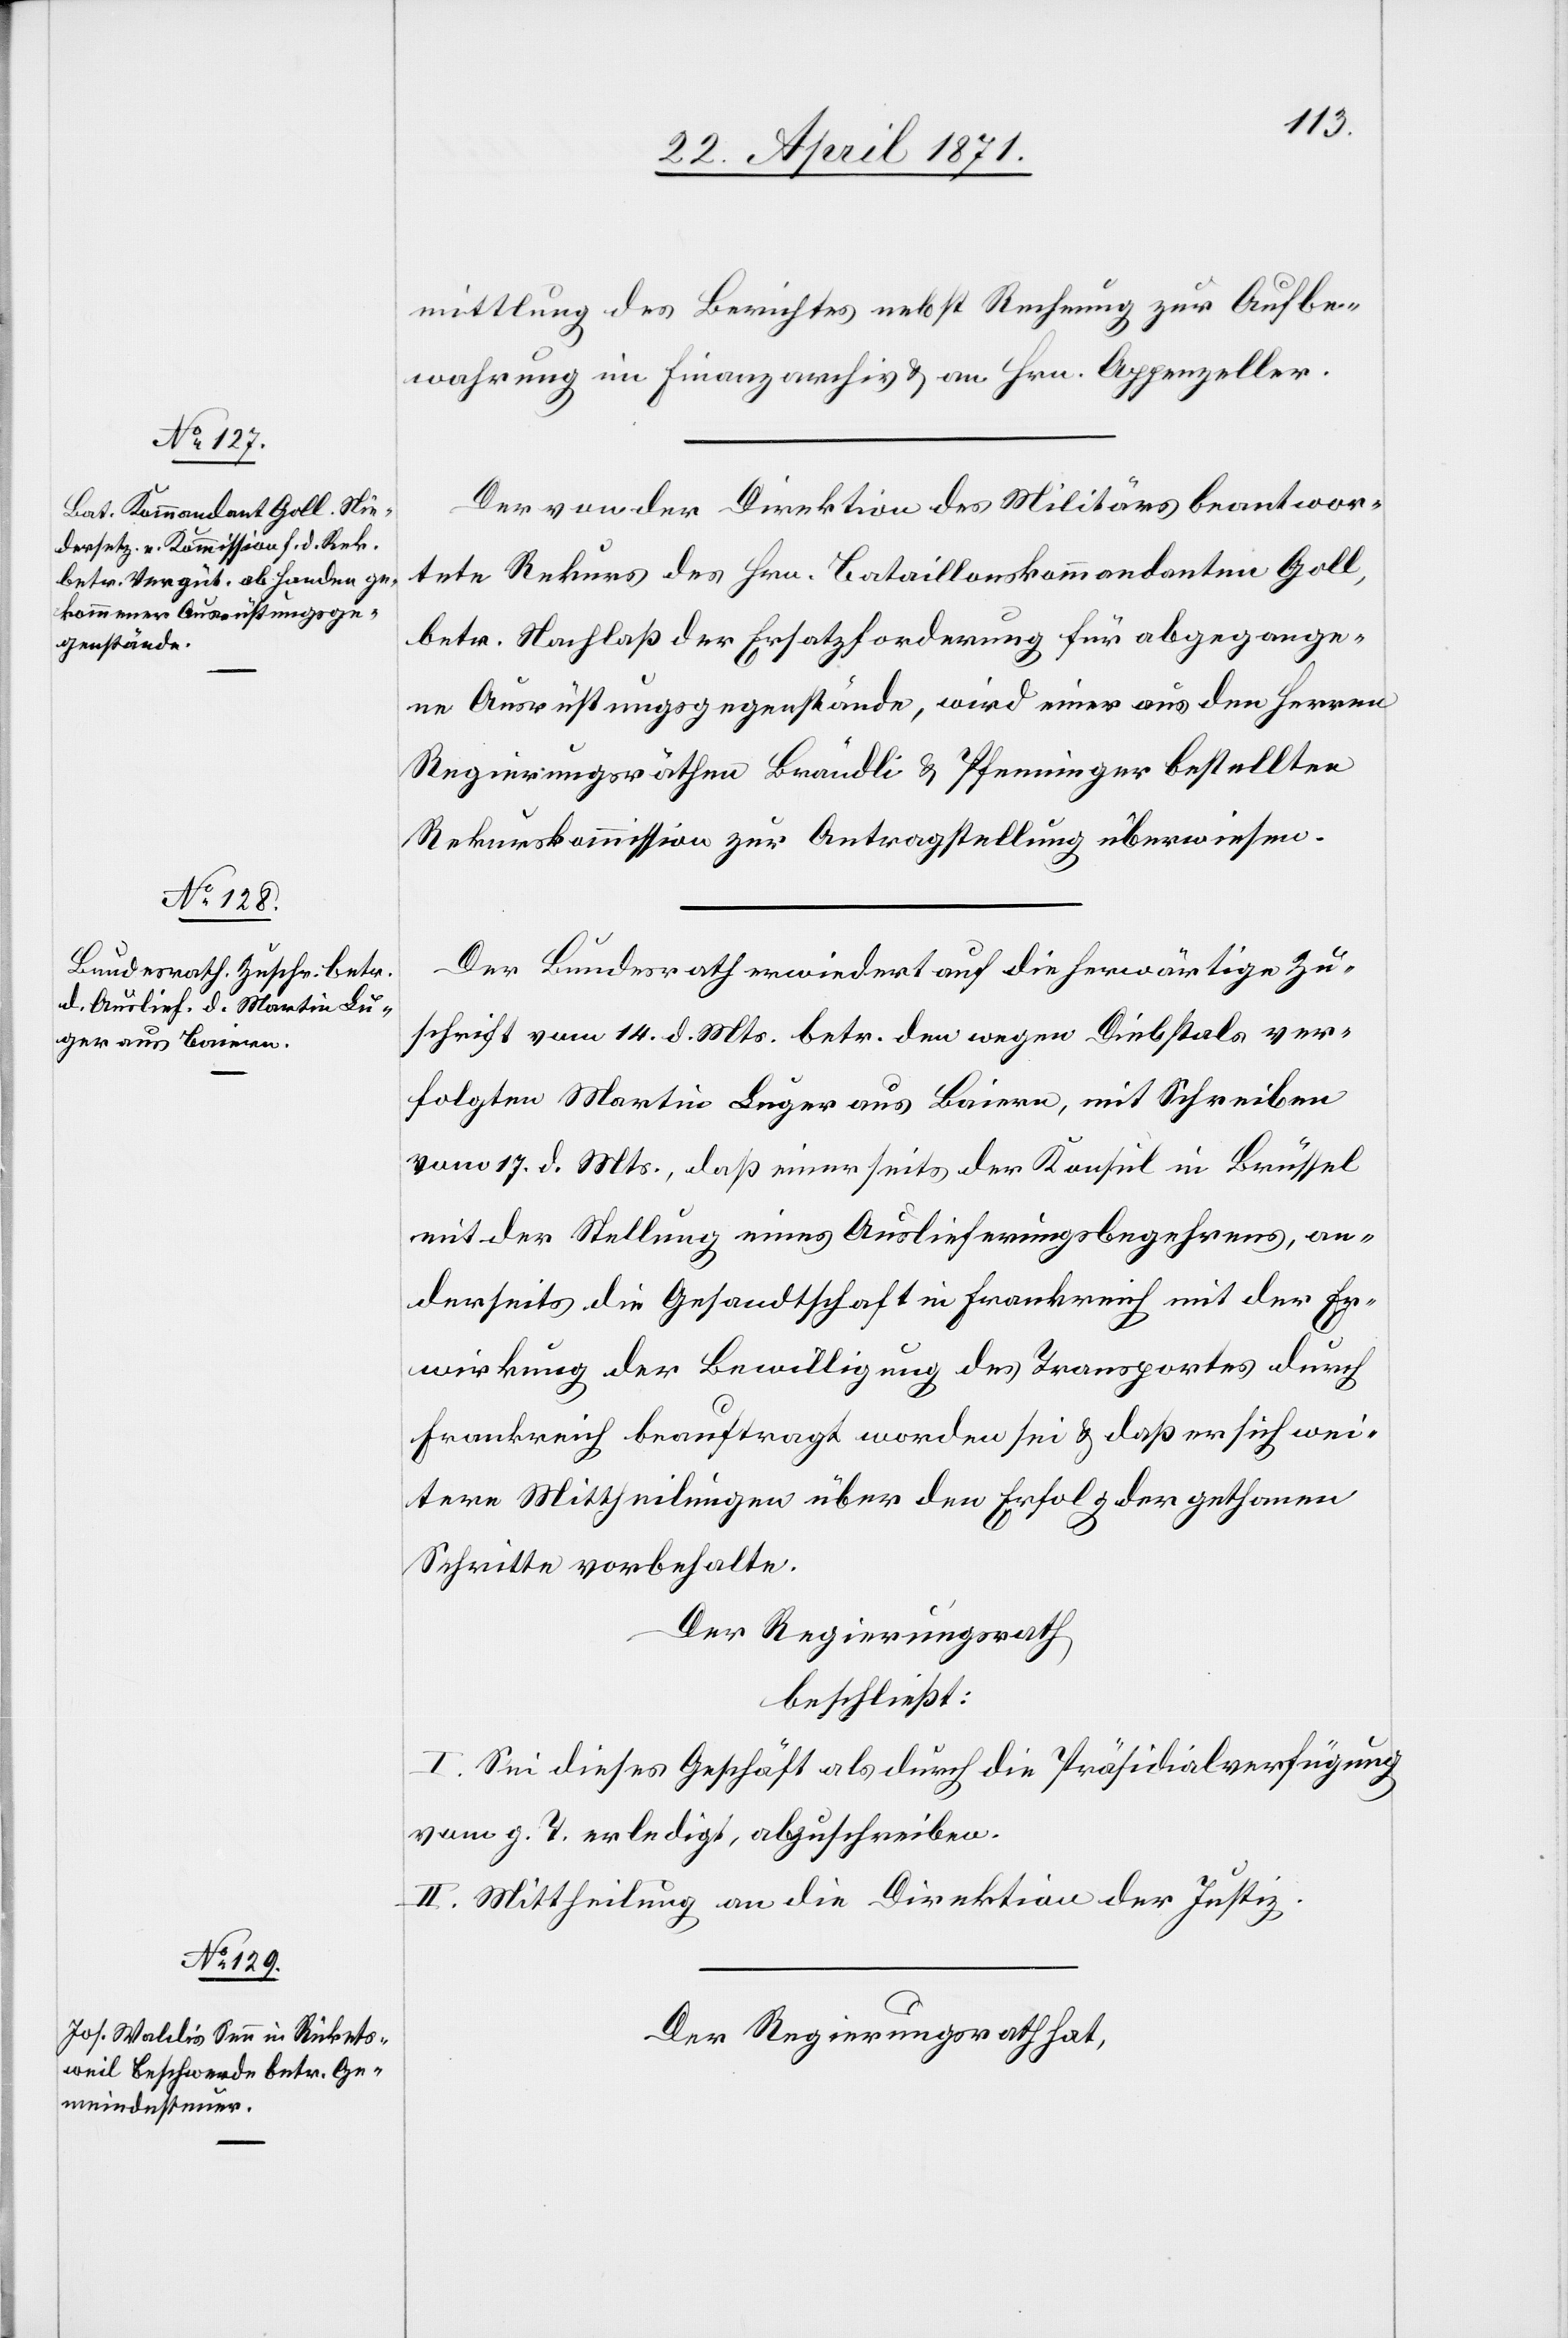
mittlung des Berichtes nebst Rechnung zur Aufbe¬
wahrung im Finanzarchiv u. an Hrn. Appenzeller.
Der von der Direktion des Militärs beantwor¬
tete Rekurs des Hrn. Bataillonskommandanten Goll,
betr. Nachlaß der Ersatzforderung für abgegange¬
ne Ausrüstungsgegenstände, wird einer aus den Herren
Regierungsräthen Brändli u. Pfenninger bestellten
Rekurskommission zur Antragstellung überwiesen.
Der Bundesrath erwiedert auf die herwärtige Zu¬
schrift vom 14. d. Mts. betr. den wegen Diebstals ver¬
folgten Martin Luger aus Baiern, mit Schreiben
vom 17. d. Mts., daß einer seits der Konsul in Brüssel
mit der Stellung eines Auslieferungsbegehrens, an¬
derseits die Gesandtschaft in Frankreich mit der Er¬
wirkung der Bewilligung des Transportes durch
Frankreich beauftragt worden sei u. daß er sich wei¬
tere Mittheilungen über den Erfolg der gethanen
Schritte vorbehalte.
Der Regierungsrath
beschließt:
I. Sei dieses Gesuch als durch die Präsidialverfügung
vom g. T. erledigt, abgeschrieben.
II. Mittheilung an die Direktion der Justiz.
Der Regierungsrath hat,